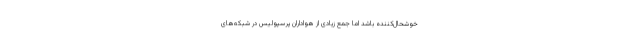
خوشحال‌کننده باشد اما جمع زیادی از هواداران پرسپولیس در شبکه‌های